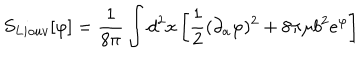
LaTeX: S _ { L i o u v } [ \varphi ] = { \frac { 1 } { 8 \pi } } \int d ^ { 2 } x \left[ { \frac { 1 } { 2 } } ( \partial _ { a } \varphi ) ^ { 2 } + 8 \pi \mu b ^ { 2 } e ^ { \varphi } \right]